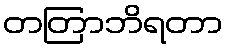
တတြာဘိရတာ